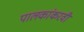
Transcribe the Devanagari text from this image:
पालकांकरवी